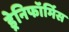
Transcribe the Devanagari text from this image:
ड्रेनिफॉर्मिस